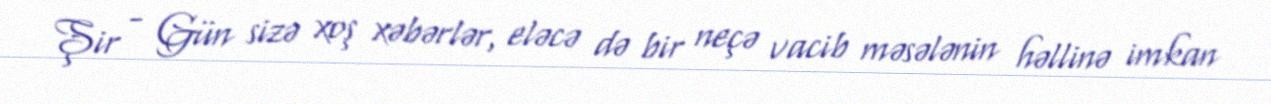
Şir - Gün sizə xoş xəbərlər, eləcə də bir neçə vacib məsələnin həllinə imkan